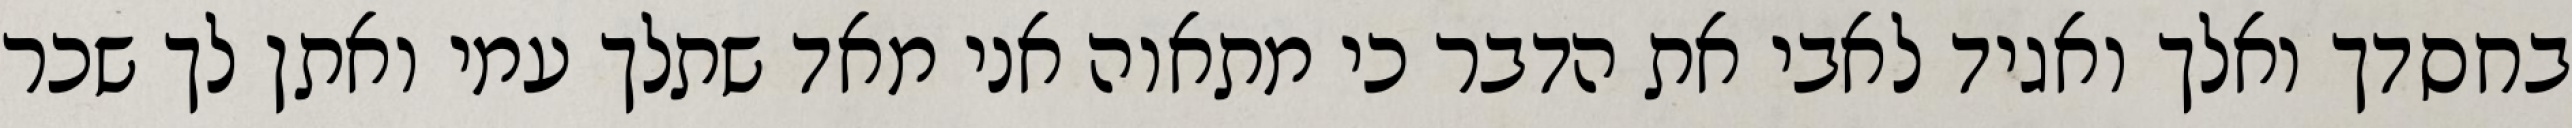
בחסדך ואלך ואגיד לאבי את הדבר כי מתאוה אני מאד שתלך עמי ואתן לך שכר